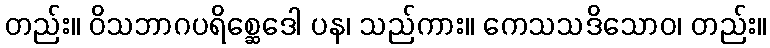
တည်း။ ဝိသဘာဂပရိစ္ဆေဒေါ ပန၊ သည်ကား။ ကေသသဒိသောဝ၊ တည်း။